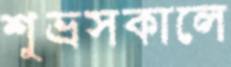
শুভ্রসকালে